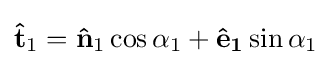
\mathbf {\hat {t}} _{1}=\mathbf {\hat {n}} _{1}\cos {\alpha _{1}}+\mathbf {{\hat {e}}_{1}} \sin {\alpha _{1}}